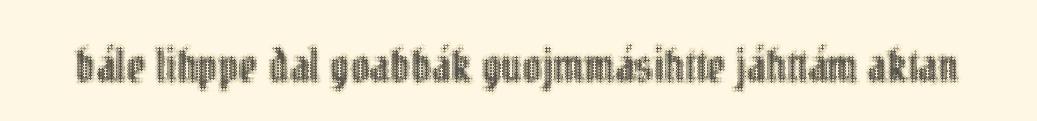
bále lihppe dal goabbák guojmmásihtte jáhttám aktan